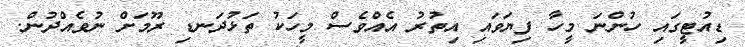
ޑިއުޓީގައި ހުންނަ މީހާ ފިޔަވައި އިތުރު އެއްވެސް މީހަކު ތަޅުދަނޑި ރޫމަށް ނުވެއްދުން.